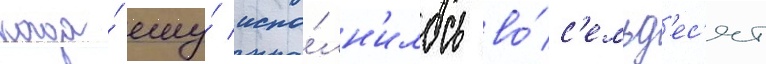
когда́ ему́ испо́лн'илось во́с'емьд'ес'ят